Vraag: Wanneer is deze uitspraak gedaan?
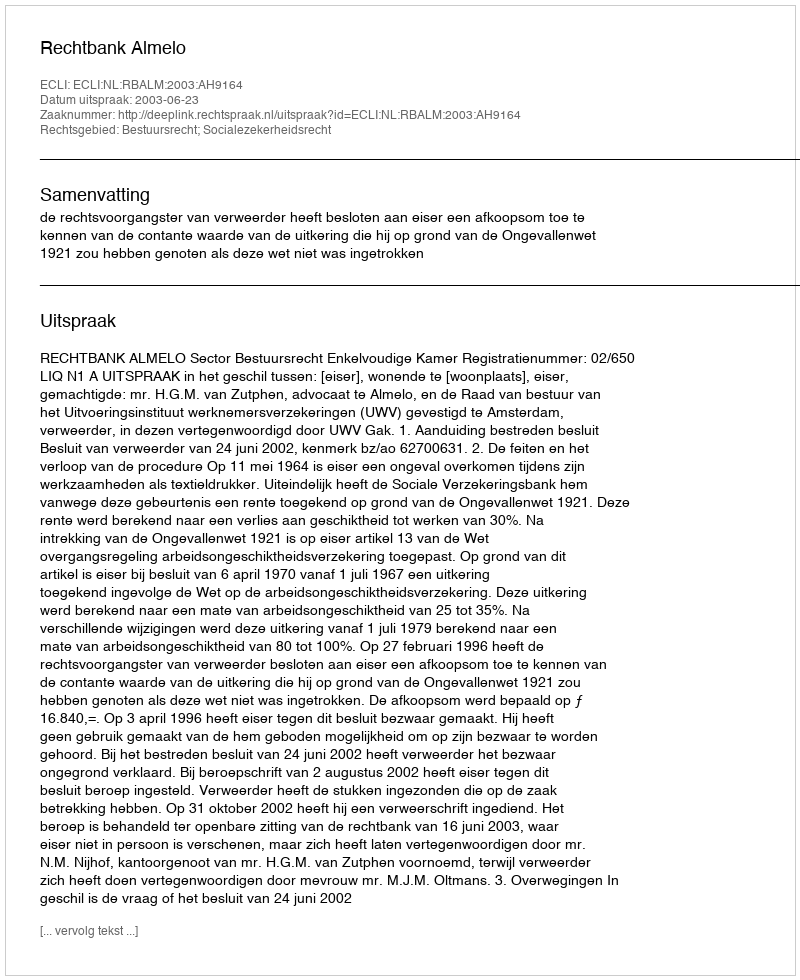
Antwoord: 2003-06-23